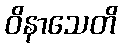
ဝိနာသေတိ